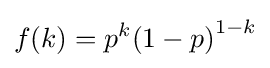
f(k)=p^{k}{\left(1-p\right)}^{1-k}